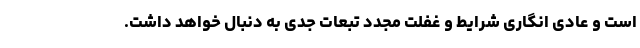
است و عادی انگاری شرایط و غفلت مجدد تبعات جدی به دنبال خواهد داشت.